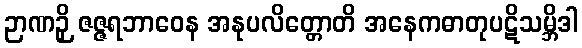
ဉာဏဉှိ ဇဇ္ဇရဘာဝေန အနုပလိတ္တောတိ အနေကဓာတုပဋိသမ္ဘိဒါ